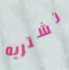
تشتريه